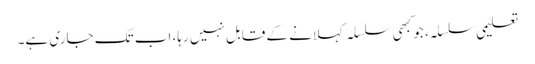
تعلیمی سلسلہ، جو کبھی سلسلہ کہلانے کے قابل نہیں رہا، اب تک جاری ہے۔